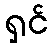
ရှင်